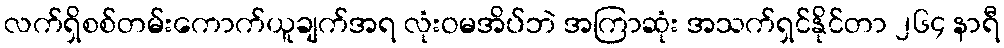
လက်ရှိစစ်တမ်းကောက်ယူချက်အရ လုံးဝမအိပ်ဘဲ အကြာဆုံး အသက်ရှင်နိုင်တာ ၂၆၄ နာရီ